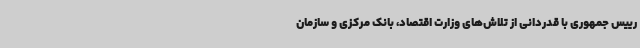
رییس جمهوری با قدردانی از تلاش‌های وزارت اقتصاد، بانک مرکزی و سازمان